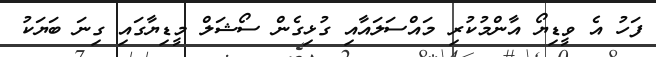
ފަހު އެ ވީޑިޔޯ އާންމުކުރި މައްސަލައާއި ގުޅިގެން ސޯޝަލް މީޑިޔާގައި ގިނަ ބަޔަކު